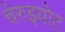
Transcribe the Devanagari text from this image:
चेरुइयोट